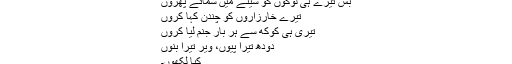
بس تیرے ہی لوگوں کو سینے میں سمائے پھروں
تیرے خارزاروں کو چندن کہا کروں
تیری ہی کوکھ سے ہر بار جنم لیا کروں
دودھ تیرا پیوں، وِیر تیرا بنوں
کیا لکھوں۔